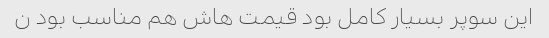
این سوپر بسیار کامل بود قیمت هاش هم مناسب بود ن